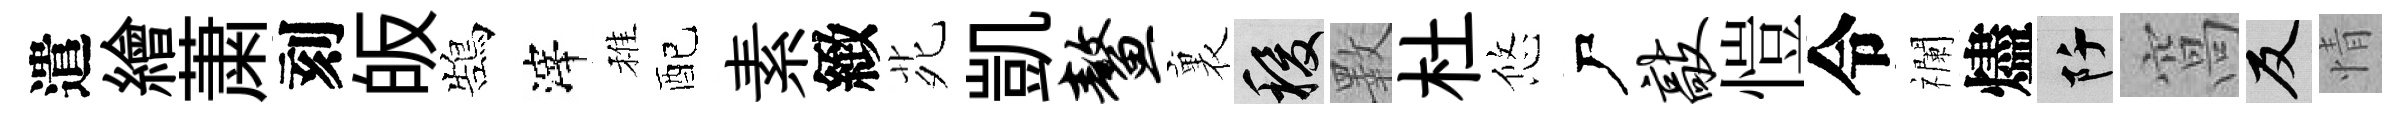
遣繪䔥刻皈鵠滓稚配素緻𫟍凱鳌裏稷斁杜悠尸敲愷令襴燼阡窩反情